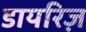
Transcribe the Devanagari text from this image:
डायरिज़